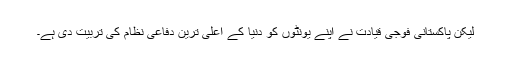
لیکن پاکستانی فوجی قیادت نے اپنے یونٹوں کو دنیا کے اعلیٰ ترین دفاعی نظام کی تربیت دی ہے۔